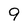
Character: 9